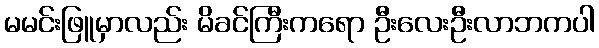
မမင်းဖြူမှာလည်း မိခင်ကြီးကရော ဦးလေးဦးလာဘကပါ